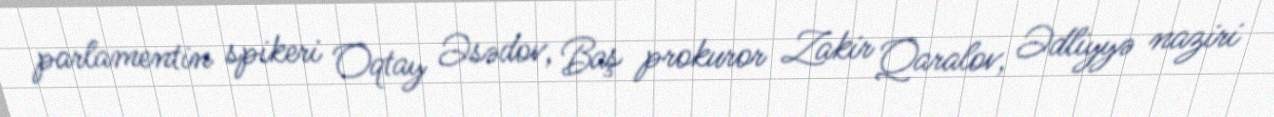
parlamentin spikeri Oqtay Əsədov, Baş prokuror Zakir Qaralov, Ədliyyə naziri